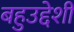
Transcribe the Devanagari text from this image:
बहुउद्देशी